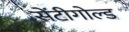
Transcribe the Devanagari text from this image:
सेंटीगोल्ड